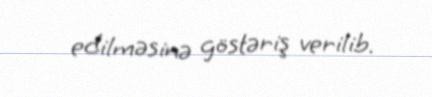
edilməsinə göstəriş verilib.